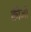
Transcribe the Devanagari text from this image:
क्रीजों